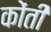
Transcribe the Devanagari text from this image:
कोंती